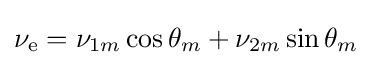
\nu _{\text{e}}=\nu _{1m}\cos \theta _{m}+\nu _{2m}\sin \theta _{m}